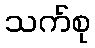
သက်စု